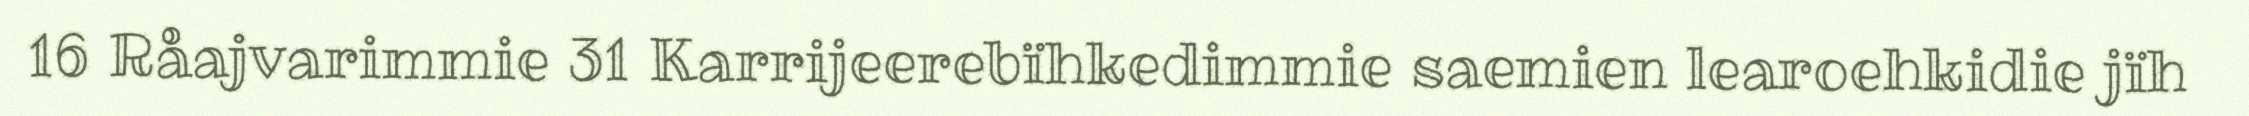
16 Råajvarimmie 31 Karrijeerebïhkedimmie saemien learoehkidie jïh